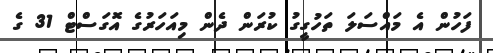
ފަހުން އެ މައްސަލަ ތަހުގީގު ކުރަން ދެން މިއަހަރުގެ އޮގަސްޓް 31 ގެ